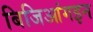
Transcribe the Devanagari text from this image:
बिजिआंगइन